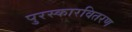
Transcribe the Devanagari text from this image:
पुरस्कारवितरण